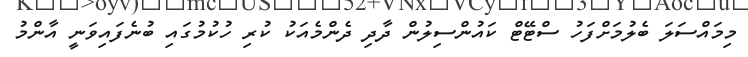
މިމައްސަލަ ބެލުމަށްފަހު ސްޓޭޓް ކައުންސިލުން ދާދި ދެންމެއަކު ކުރި ހުކުމުގައި ބުނެފައިވަނީ އާންމު